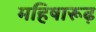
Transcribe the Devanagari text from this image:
महिषारूढ़